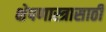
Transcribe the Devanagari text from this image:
क्षेपणास्त्रासाठी